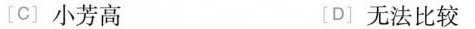
[C]-小芳高 [D]无法比较